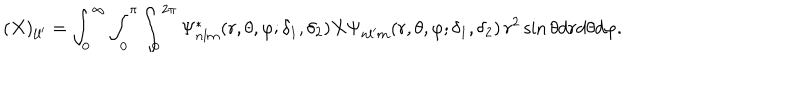
LaTeX: ( X ) _ { l l ^ { \prime } } = \int _ { 0 } ^ { \infty } \int _ { 0 } ^ { \pi } \int _ { 0 } ^ { 2 \pi } \Psi _ { n l m } ^ { * } ( r , \theta , \varphi ; \delta _ { 1 } , \delta _ { 2 } ) X \Psi _ { n l ^ { \prime } m } ( r , \theta , \varphi ; \delta _ { 1 } , \delta _ { 2 } ) \, r ^ { 2 } \sin \theta d r d \theta d \varphi .